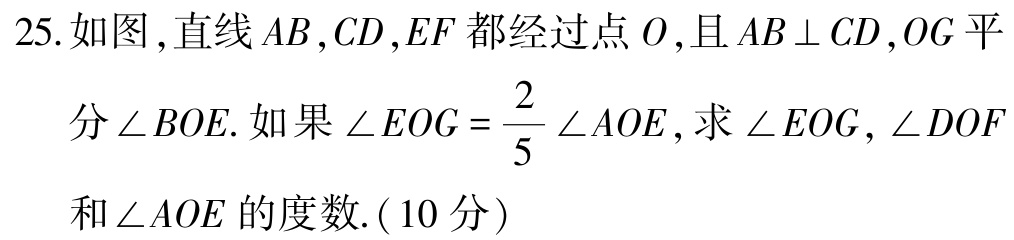
25. 如图, 直线 \(AB,CD,EF\) 都经过点 \(O\), 且 \(AB\perp CD\), \(OG\) 平分 \(\angle BOE\). 如果 \(\angle EOG = \frac{2}{5}\angle AOE\), 求 \(\angle EOG\), \(\angle DOF\) 和 \(\angle AOE\) 的度数. (10分)